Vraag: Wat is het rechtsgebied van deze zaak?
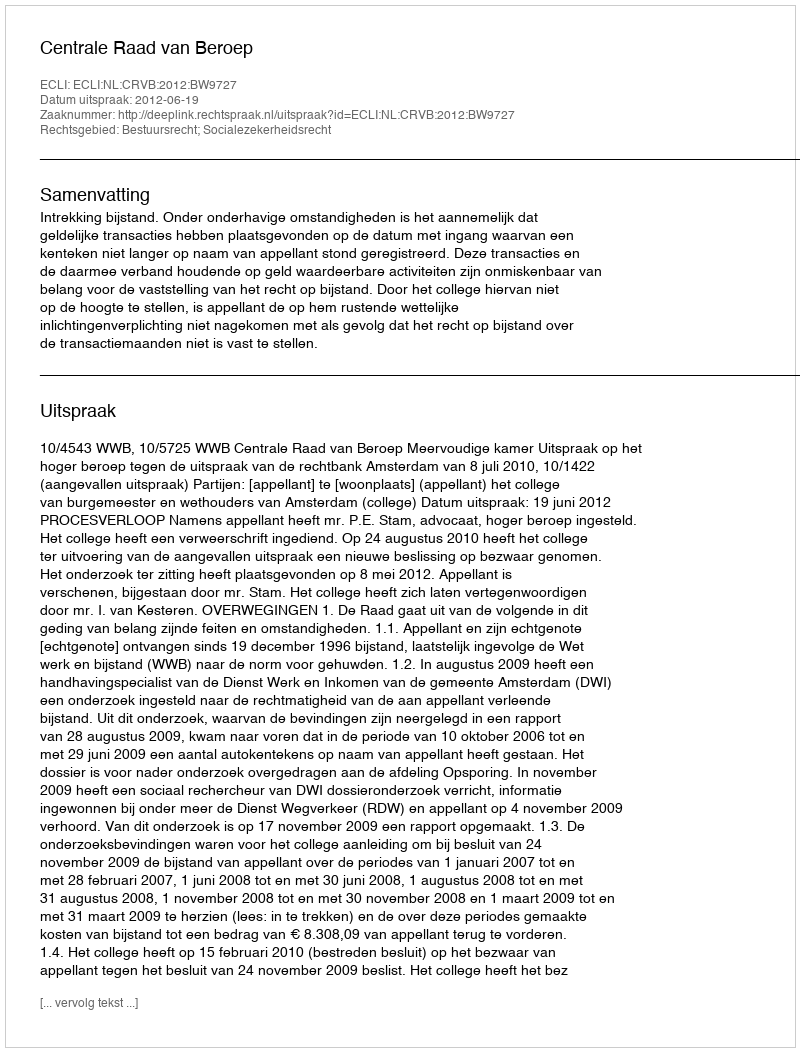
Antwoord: Bestuursrecht; Socialezekerheidsrecht